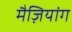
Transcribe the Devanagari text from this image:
मैज़ियांग